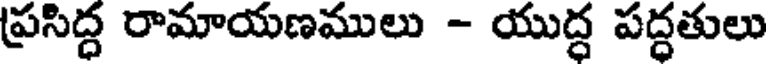
ప్రసిద్ధ రామాయణములు - యుద్ధ పద్ధతులు